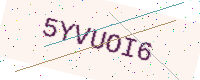
Text: 5YVUOI6